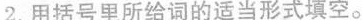
2. 用括号里所给词的适当形式填空。